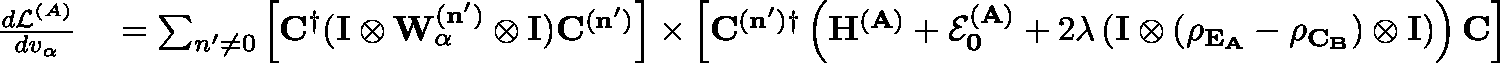
\begin{array} { r l } { \frac { d \mathcal { L } ^ { ( A ) } } { d v _ { \alpha } } } & { { } = \sum _ { n ^ { \prime } \ne 0 } \left[ \mathbf { C } ^ { \dagger } ( \mathbf { I \otimes W _ { \alpha } ^ { ( n ^ { \prime } ) } \otimes I } ) \mathbf { C ^ { ( n ^ { \prime } ) } } \right] \times \left[ \mathbf { C ^ { ( n ^ { \prime } ) \dagger } } \left( \mathbf { H ^ { ( A ) } } + \mathbf { \mathcal { E } _ { 0 } ^ { ( A ) } } + 2 \lambda \left( \mathbf { I \otimes ( \rho _ { \mathbb { E } _ { A } } - \rho _ { \mathbb { C } _ { B } } ) \otimes I } \right) \right) \mathbf { C } \right] } \end{array}